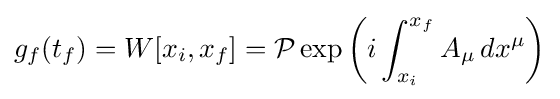
g_{f}(t_{f})=W[x_{i},x_{f}]={\mathcal {P}}\exp {\bigg (}i\int _{x_{i}}^{x_{f}}A_{\mu }\,dx^{\mu }{\bigg )}